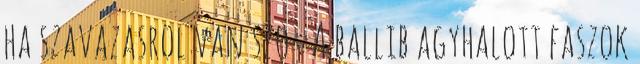
ha szavazasrol van szo : A ballib agyhalott faszok